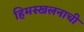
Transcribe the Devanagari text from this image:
हिमस्खलनाची